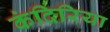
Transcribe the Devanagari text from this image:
कंदिरिया